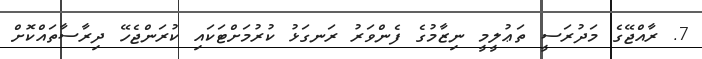
7. ރާއްޖޭގެ މަދުރަސީ ތަޢުލީމީ ނިޒާމުގެ ފެންވަރު ރަނގަޅު ކުރުމަށްޓަކައި ކުރަންޖެހޭ ދިރާސާތައްކޮށް